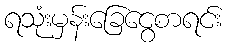
ရသုံးမှန်းခြေငွေစာရင်း